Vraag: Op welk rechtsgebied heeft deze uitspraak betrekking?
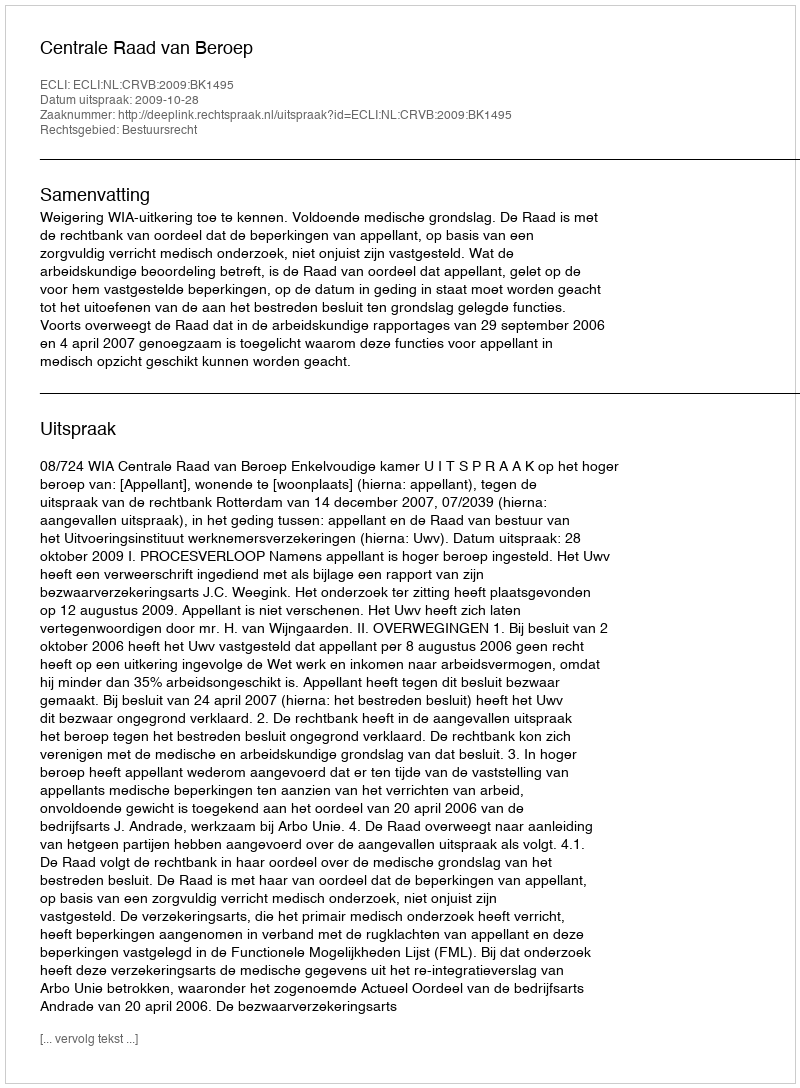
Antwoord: Bestuursrecht